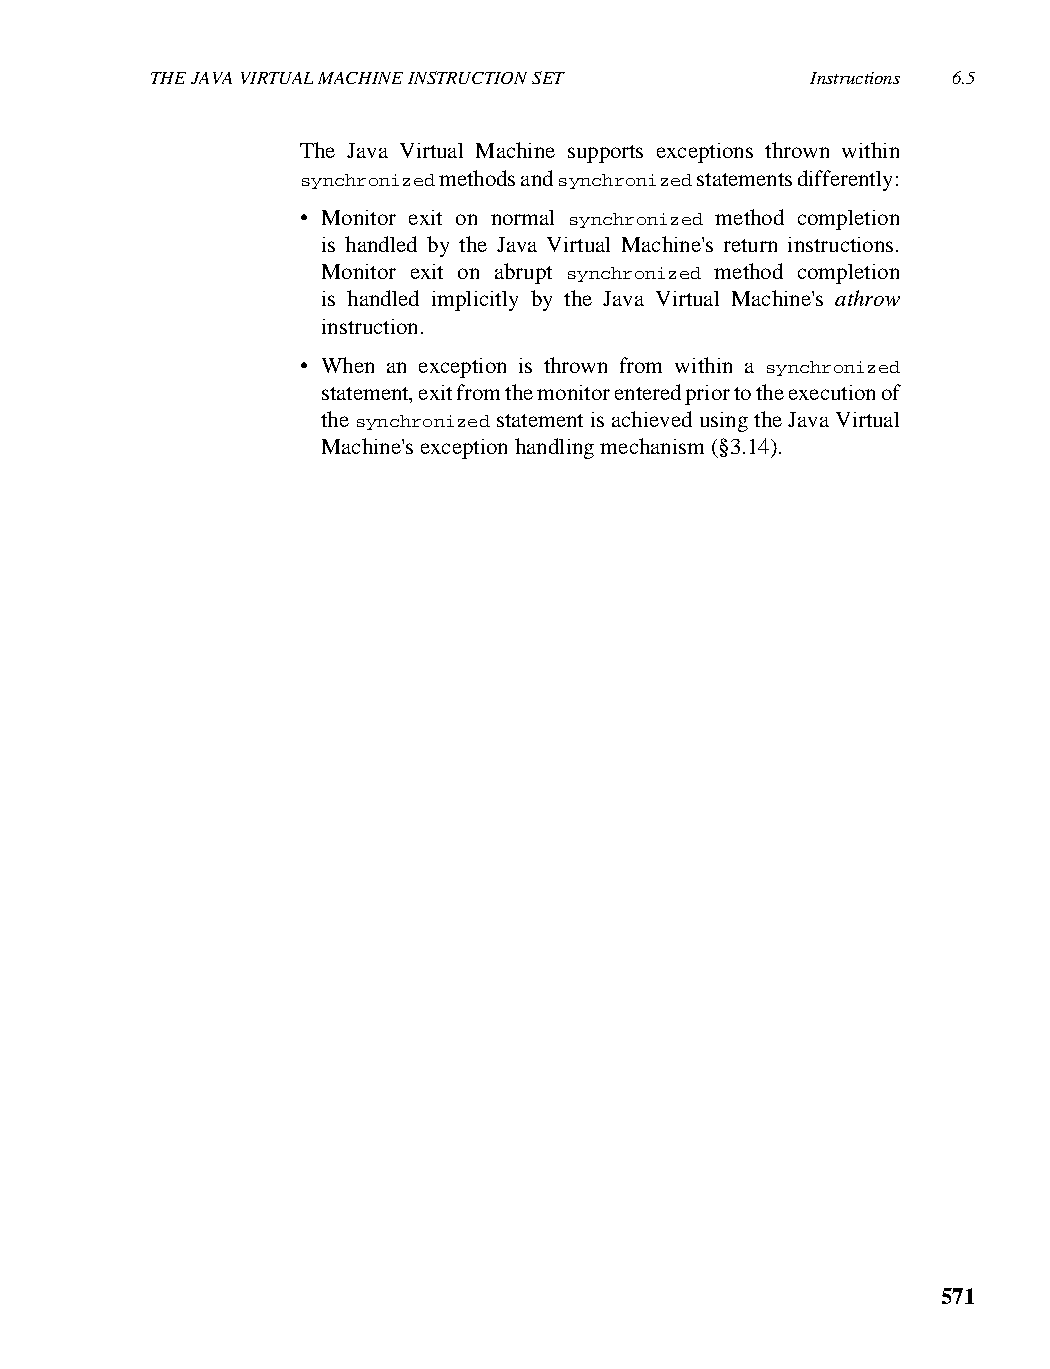
THE JAVA VIRTUAL MACHINE INSTRUCTION SET    Instructions 6.5
 The Java Virtual Machine supports exceptions thrown within
 synchronized methods and synchronized statements differently:
 • Monitor exit on normal synchronized method completion
 is handled by the Java Virtual Machine's return instructions.
 Monitor exit on abrupt synchronized method completion
 is handled implicitly by the Java Virtual Machine's athrow
 instruction.
 • When an exception is thrown from within a synchronized
 statement, exit from the monitor entered prior to the execution of
 the synchronized statement is achieved using the Java Virtual
 Machine's exception handling mechanism (§3.14).
 571